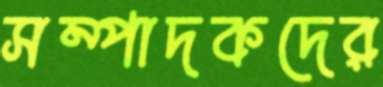
সম্পাদকদের